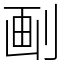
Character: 㓰